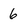
Character: 6